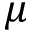
\mu